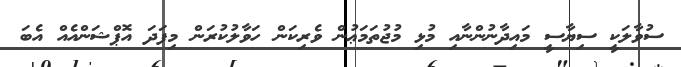
ސުވާލަކީ ސިޔާސީ މައިދާނުންނާއި މުޅި މުޖުތަމަޢުން ވެރިކަން ހަވާލުކުރަން މިފަދަ އޮޕްޝަންއެއް އެބަ